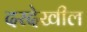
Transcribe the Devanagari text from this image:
दरदेखील